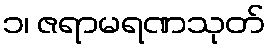
၁၊ ဇရာမရဏသုတ်